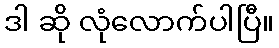
ဒါ ဆို လုံလောက်ပါပြီ။